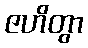
ဇဟိတွာ